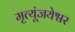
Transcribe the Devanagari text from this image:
मृत्यूंजयेश्वर